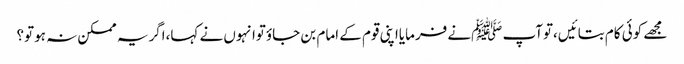
مجھے کوئی کام بتائیں،توآپ ﷺنے فرمایااپنی قوم کے امام بن جاؤتوانہوں نے کہا،اگریہ ممکن نہ ہوتو؟